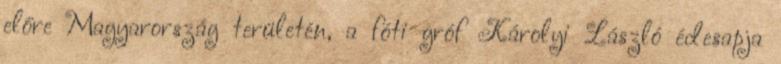
előre Magyarország területén, a fóti gróf Károlyi László édesapja